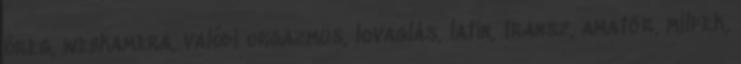
öreg, webkamera, valódi orgazmus, lovaglás, latin, transz, amatőr, milfek,